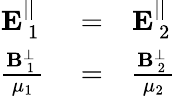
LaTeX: \begin{array}{rlr}{\mathbf{E}_{\mathrm{~1~}}^{||}}&{{}=}&{\mathbf{E}_{\mathrm{~2~}}^{||}}\\ {\frac{\mathbf{B}_{\mathrm{~1~}}^{\perp}}{\mu_{1}}}&{{}=}&{\frac{\mathbf{B}_{\mathrm{~2~}}^{\perp}}{\mu_{2}}}\end{array}